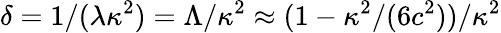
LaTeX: \delta=1/(\lambda\kappa^{2})=\Lambda/\kappa^{2}\approx(1-\kappa^{2}/(6c^{2}))/\kappa^{2}